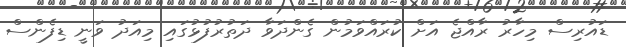
ޑައުރިސް މިހާރު ރާއްޖެ އަށް ކުރައްވަމުން ގެންދަވާ ދަތުރުފުޅުގައި މިއަދު ވަނީ ޑިފެންސް